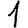
Digit: 1